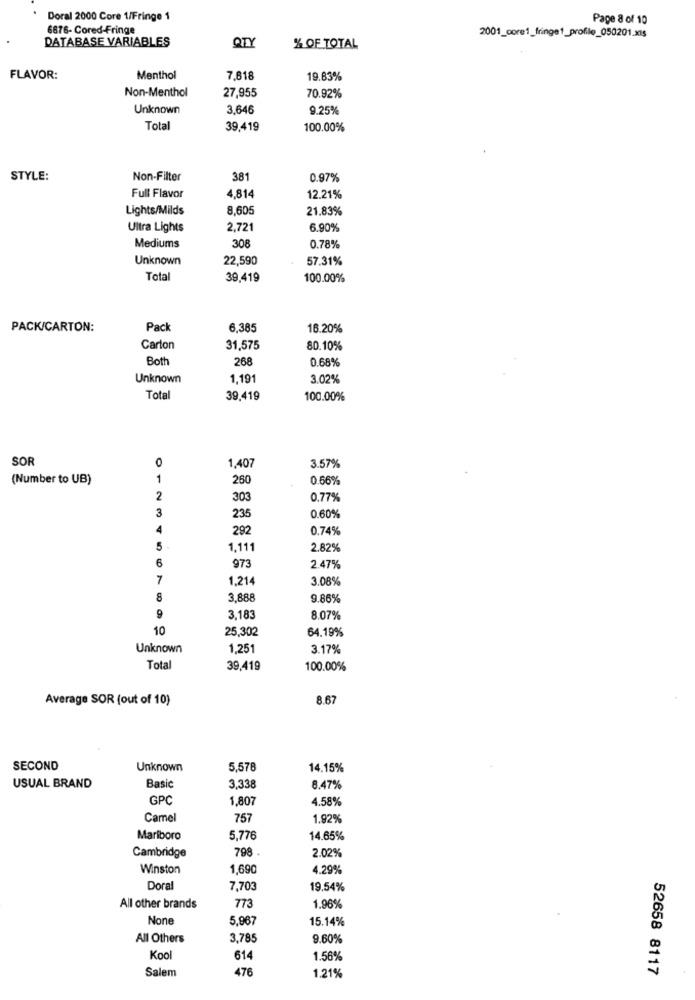
Doral 2000 Core 1/Fringe 1
Pape 8 of 10
6676- Cored-Fringe
2001_core1_fringe1_profile_050201.x1s
DATABASE VARIABLES
QTY
% OF TOTAL
FLAVOR:
Menthol
7,618
19.83%
Non-Menthol
27,955
70.92%
Unknown
3,646
9.25%
Total
39.419
100.00%
STYLE:
Non-Filter
381
0.97%
4.814
Full Flavor
12.21%
Lights/Milds
8,605
21.83%
Ultra Lights
2,721
6.90%
308
Mediums
0.78%
Unknown
22,590
57.31%
Total
39,419
100.00%
PACK/CARTON:
Pack
6,385
16.20%
Carton
31,575
80.10%
Bott
268
0.68%
Unknown
1,191
3.02%
Total
39,419
100.00%
SOR
1,407
3.57%
(Number to UB)
1
260
0.66%
2
303
0.77%
3
235
0.60%
4
292
0.74%
5
1,111
2.82%
6
973
2.47%
7
1,214
3.08%
8
3,888
9.86%
9
3,183
8.07%
10
25,302
64.19%
Unknown
1,251
3.17%
Total
39,419
100.00%
Average SOR (out of 10)
8.67
SECOND
Unknown
5,578
14.15%
USUAL BRAND
Basic
3,338
8.47%
GPC
1,807
4.58%
Camel
757
1.92%
Mariboro
5,776
14.65%
Cambridge
798 .
2.02%
Winston
1,690
4.29%
Doral
7,703
19.54%
All other brands
773
1.96%
5,967
15.14%
All Others
3,785
9.60%
Kool
614
1.56%
Salem
476
52658 8117
1.21%